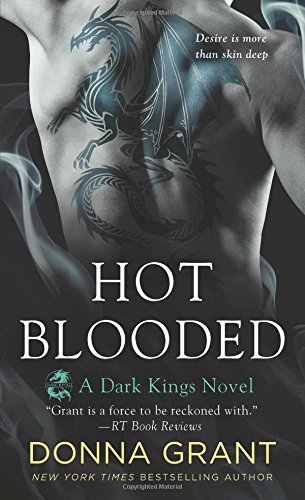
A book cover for Hot Blooded (Dark Kings); Donna Grant; Literature & Fiction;